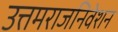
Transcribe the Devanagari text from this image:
उत्तमराजनिवेशन